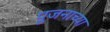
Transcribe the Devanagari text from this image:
पूजनाच्या